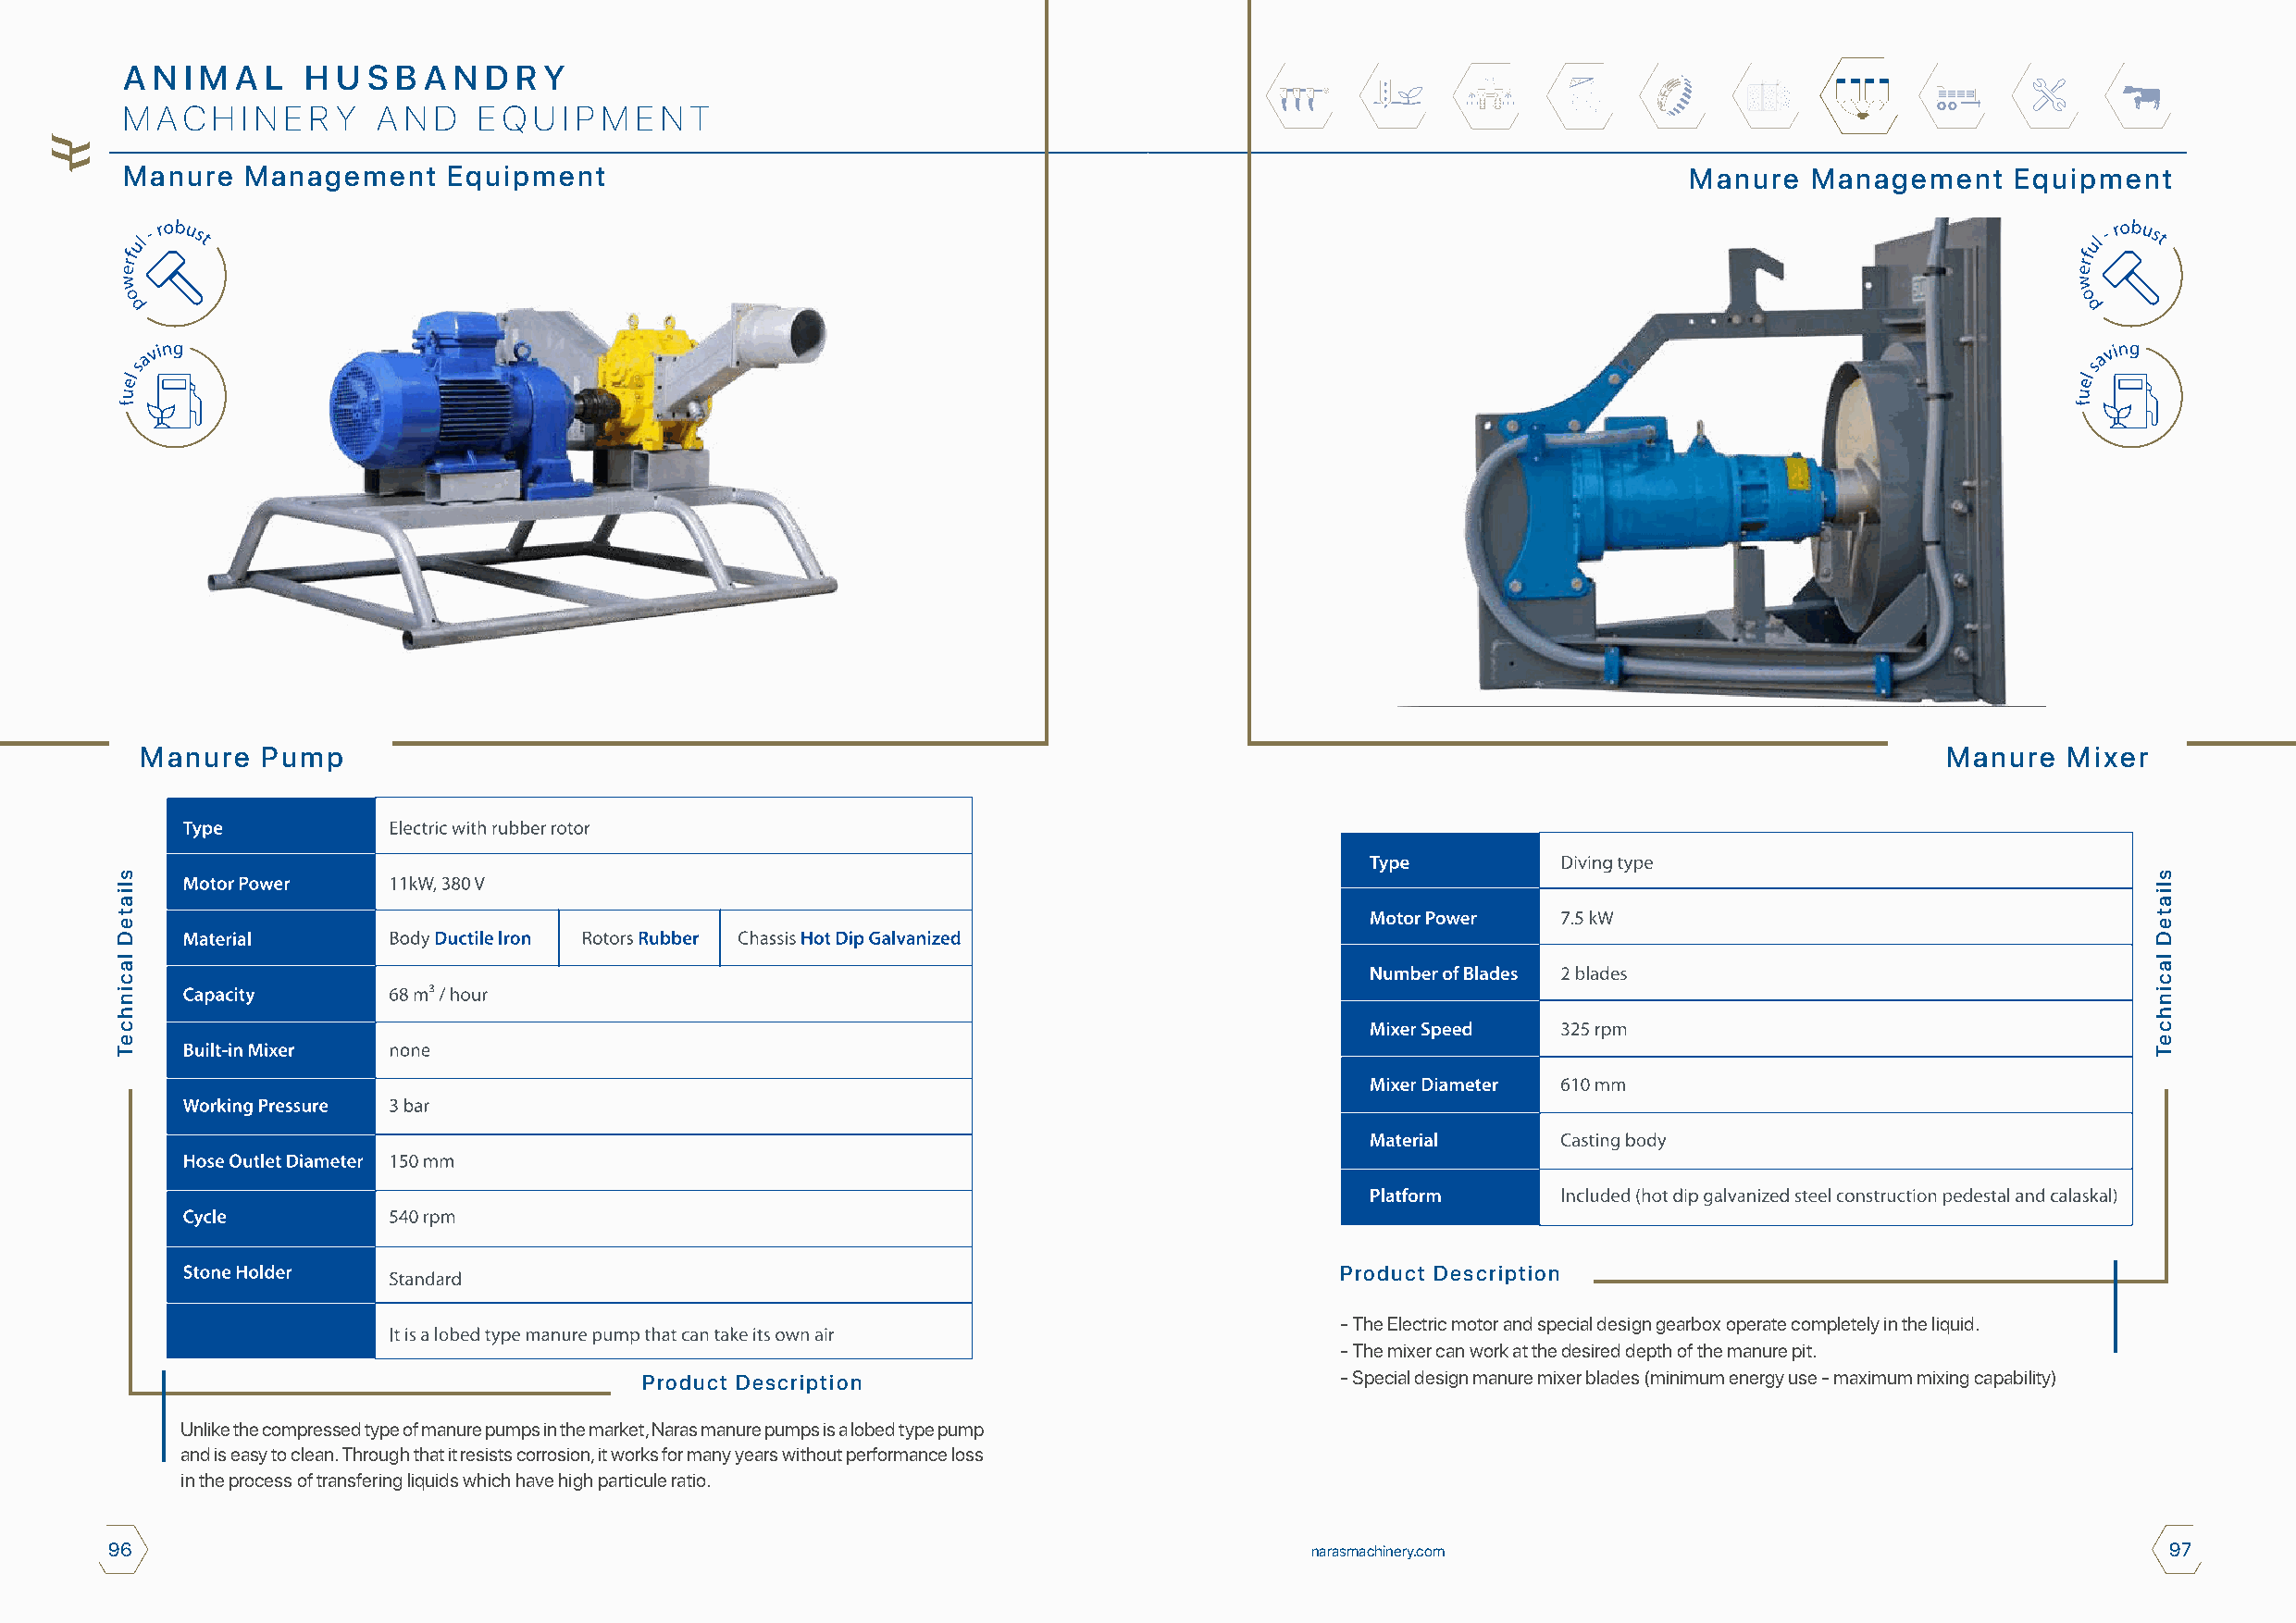
A N I M A L  H U S B A N  D R Y
 M A C H I N E R Y A N D  E Q U I P M E N T
 Manure  Management     Equipment                                                                                Manure   Management    Equipment
 Manure   Pump                                                                                                                    Manure   Mixer
 Product Description
 - The Electric motor and special design gearbox operate completely in the liquid.
 - The mixer can work at the desired depth of the manure pit.
 Product Description                               - Special design manure mixer blades (minimum energy use - maximum mixing capability)
 Unlike the compressed type of manure pumps in the market, Naras manure pumps is a lobed type pump
 and is easy to clean. Through that it resists corrosion, it works for many years without performance loss
 in the process of transfering liquids which have high particule ratio.
 96                                                                                    narasmachinery.com                                           97
 sliateD
 lacinhceT
 sliateD
 lacinhceT